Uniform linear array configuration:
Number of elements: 4
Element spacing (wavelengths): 0.5
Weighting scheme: blackman
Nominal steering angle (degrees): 30
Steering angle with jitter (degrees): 29.1
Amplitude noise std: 0.05
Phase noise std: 0.05

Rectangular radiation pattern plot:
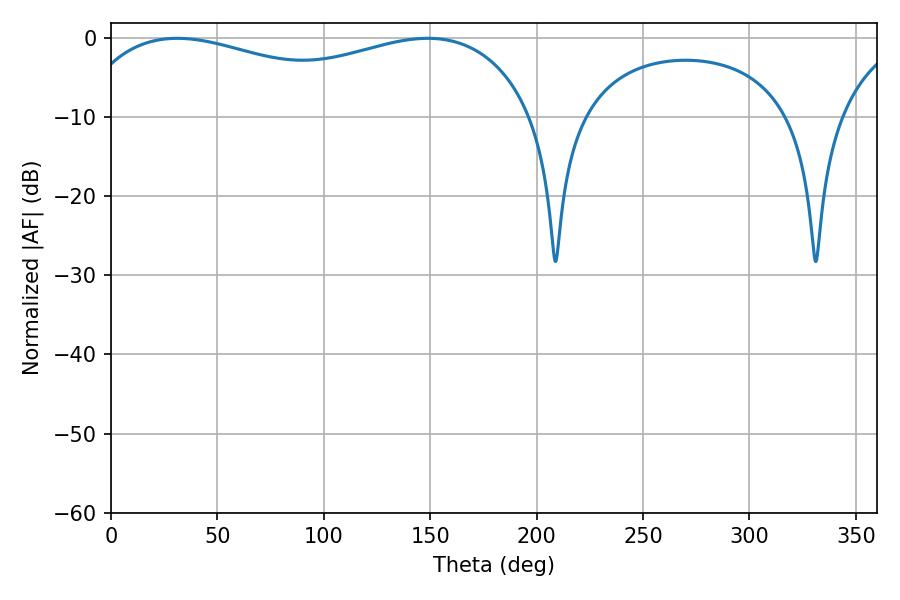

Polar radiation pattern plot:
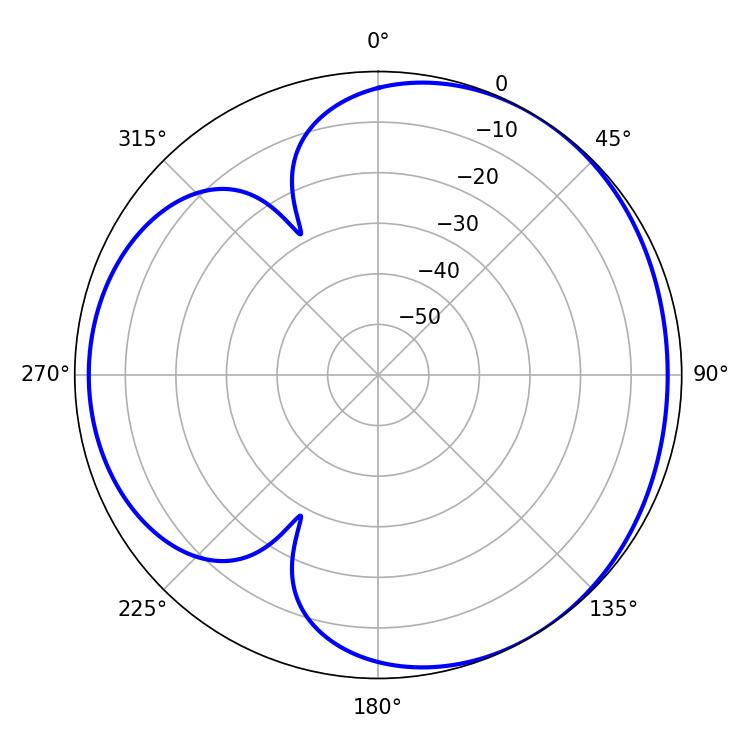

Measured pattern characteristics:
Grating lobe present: FALSE
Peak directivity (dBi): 3.509
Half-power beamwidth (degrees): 177.84
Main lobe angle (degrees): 31.14